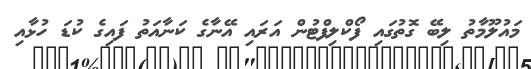
މައުލޫމާތު ލިބޭ ގޮތުގައި ފޯކްލިފްޓުން އަރައި އޭނާގެ ކަނާއަތު ފައިގެ ކުޑަ ހުޅާއި